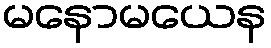
မနောမယေန